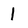
Character: 1